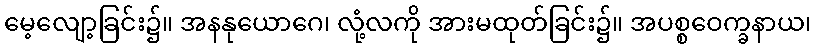
မေ့လျော့ခြင်း၌။ အနနုယောဂေ၊ လုံ့လကို အားမထုတ်ခြင်း၌။ အပစ္စဝေက္ခနာယ၊